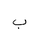
Letter: _ba